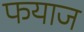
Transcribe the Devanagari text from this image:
फयाज